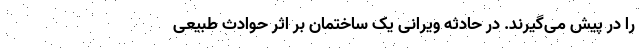
را در پیش می‌گیرند. در حادثه ویرانی یک ساختمان بر اثر حوادث طبیعی